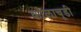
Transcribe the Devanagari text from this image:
कालाचूडी